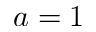
a = 1